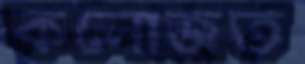
কলোজত